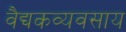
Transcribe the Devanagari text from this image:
वैद्यकव्यवसाय